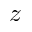
z